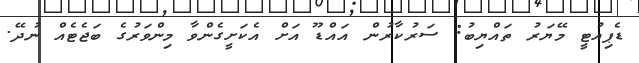
ޑެޕިއުޓީ މޭޔަރު ތައްޔިބު: ސަރުކާރުން އައްޑޫ އަށް އެކަށީގެންވާ މިންވަރުގެ ބަޖެޓެއް ނުދޭ.